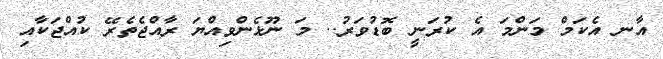
އާނ އެކަމް މަންމަ އެ ކުރަނީ ބޮޑުވަރު.. މަ ނޫޅެންވިއްޔަ ރާއްޖެތެރޭ ކުއްޖަކާއި